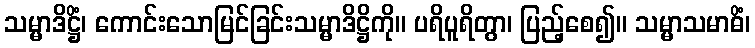
သမ္မာဒိဋ္ဌိံ၊ ကောင်းသောမြင်ခြင်းသမ္မာဒိဋ္ဌိကို။ ပရိပူရိတွာ၊ ပြည့်စေ၍။ သမ္မာသမာဓိံ၊